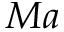
M a